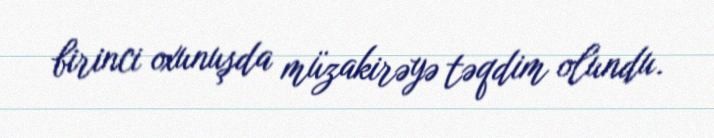
birinci oxunuşda müzakirəyə təqdim olundu.